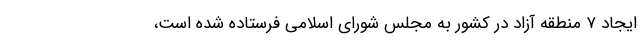
ایجاد ٧ منطقه آزاد در کشور به مجلس شورای اسلامی فرستاده شده است،